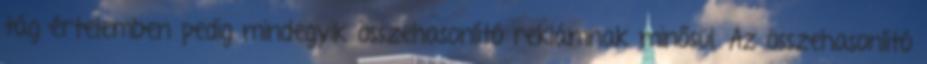
tág értelemben pedig mindegyik összehasonlító reklámnak minősül. Az összehasonlító